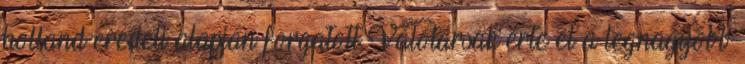
holland eredeti alapján forgatott Válótársak érte el a legnagyobb